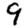
Digit: 9